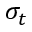
\sigma _ { t }